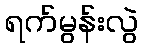
ရက်မွန်းလွဲ